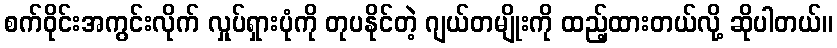
စက်ဝိုင်းအကွင်းလိုက် လှုပ်ရှားပုံကို တုပနိုင်တဲ့ ဂျယ်တမျိုးကို ထည့်ထားတယ်လို့ ဆိုပါတယ်။